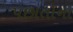
પછાતોના